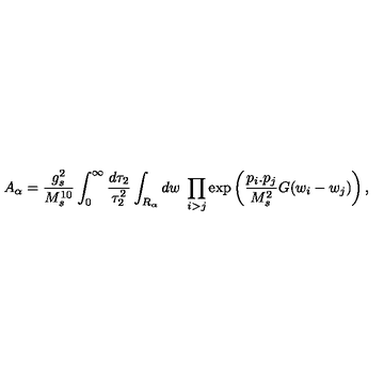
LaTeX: A _ { \alpha } = { \frac { g _ { s } ^ { 2 } } { M _ { s } ^ { 1 0 } } } \int _ { 0 } ^ { \infty } { \frac { d \tau _ { 2 } } { \tau _ { 2 } ^ { 2 } } } \int _ { R _ { \alpha } } d w \ \prod _ { i > j } \exp \left( { \frac { p _ { i } . p _ { j } } { M _ { s } ^ { 2 } } } G ( w _ { i } - w _ { j } ) \right) ,